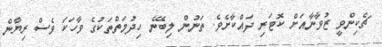
ޗެކިންވީ ޒުވާނާއަށް ކޮޓަރި ދައްކާށެވެ. ތަނުން ލިބޭނެ ހިދުމަތްތަކުގެ ވާހަކަ ވެސް ރިޔާން